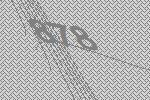
878